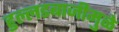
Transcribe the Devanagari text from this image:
हुल्लडबाजीमुळे